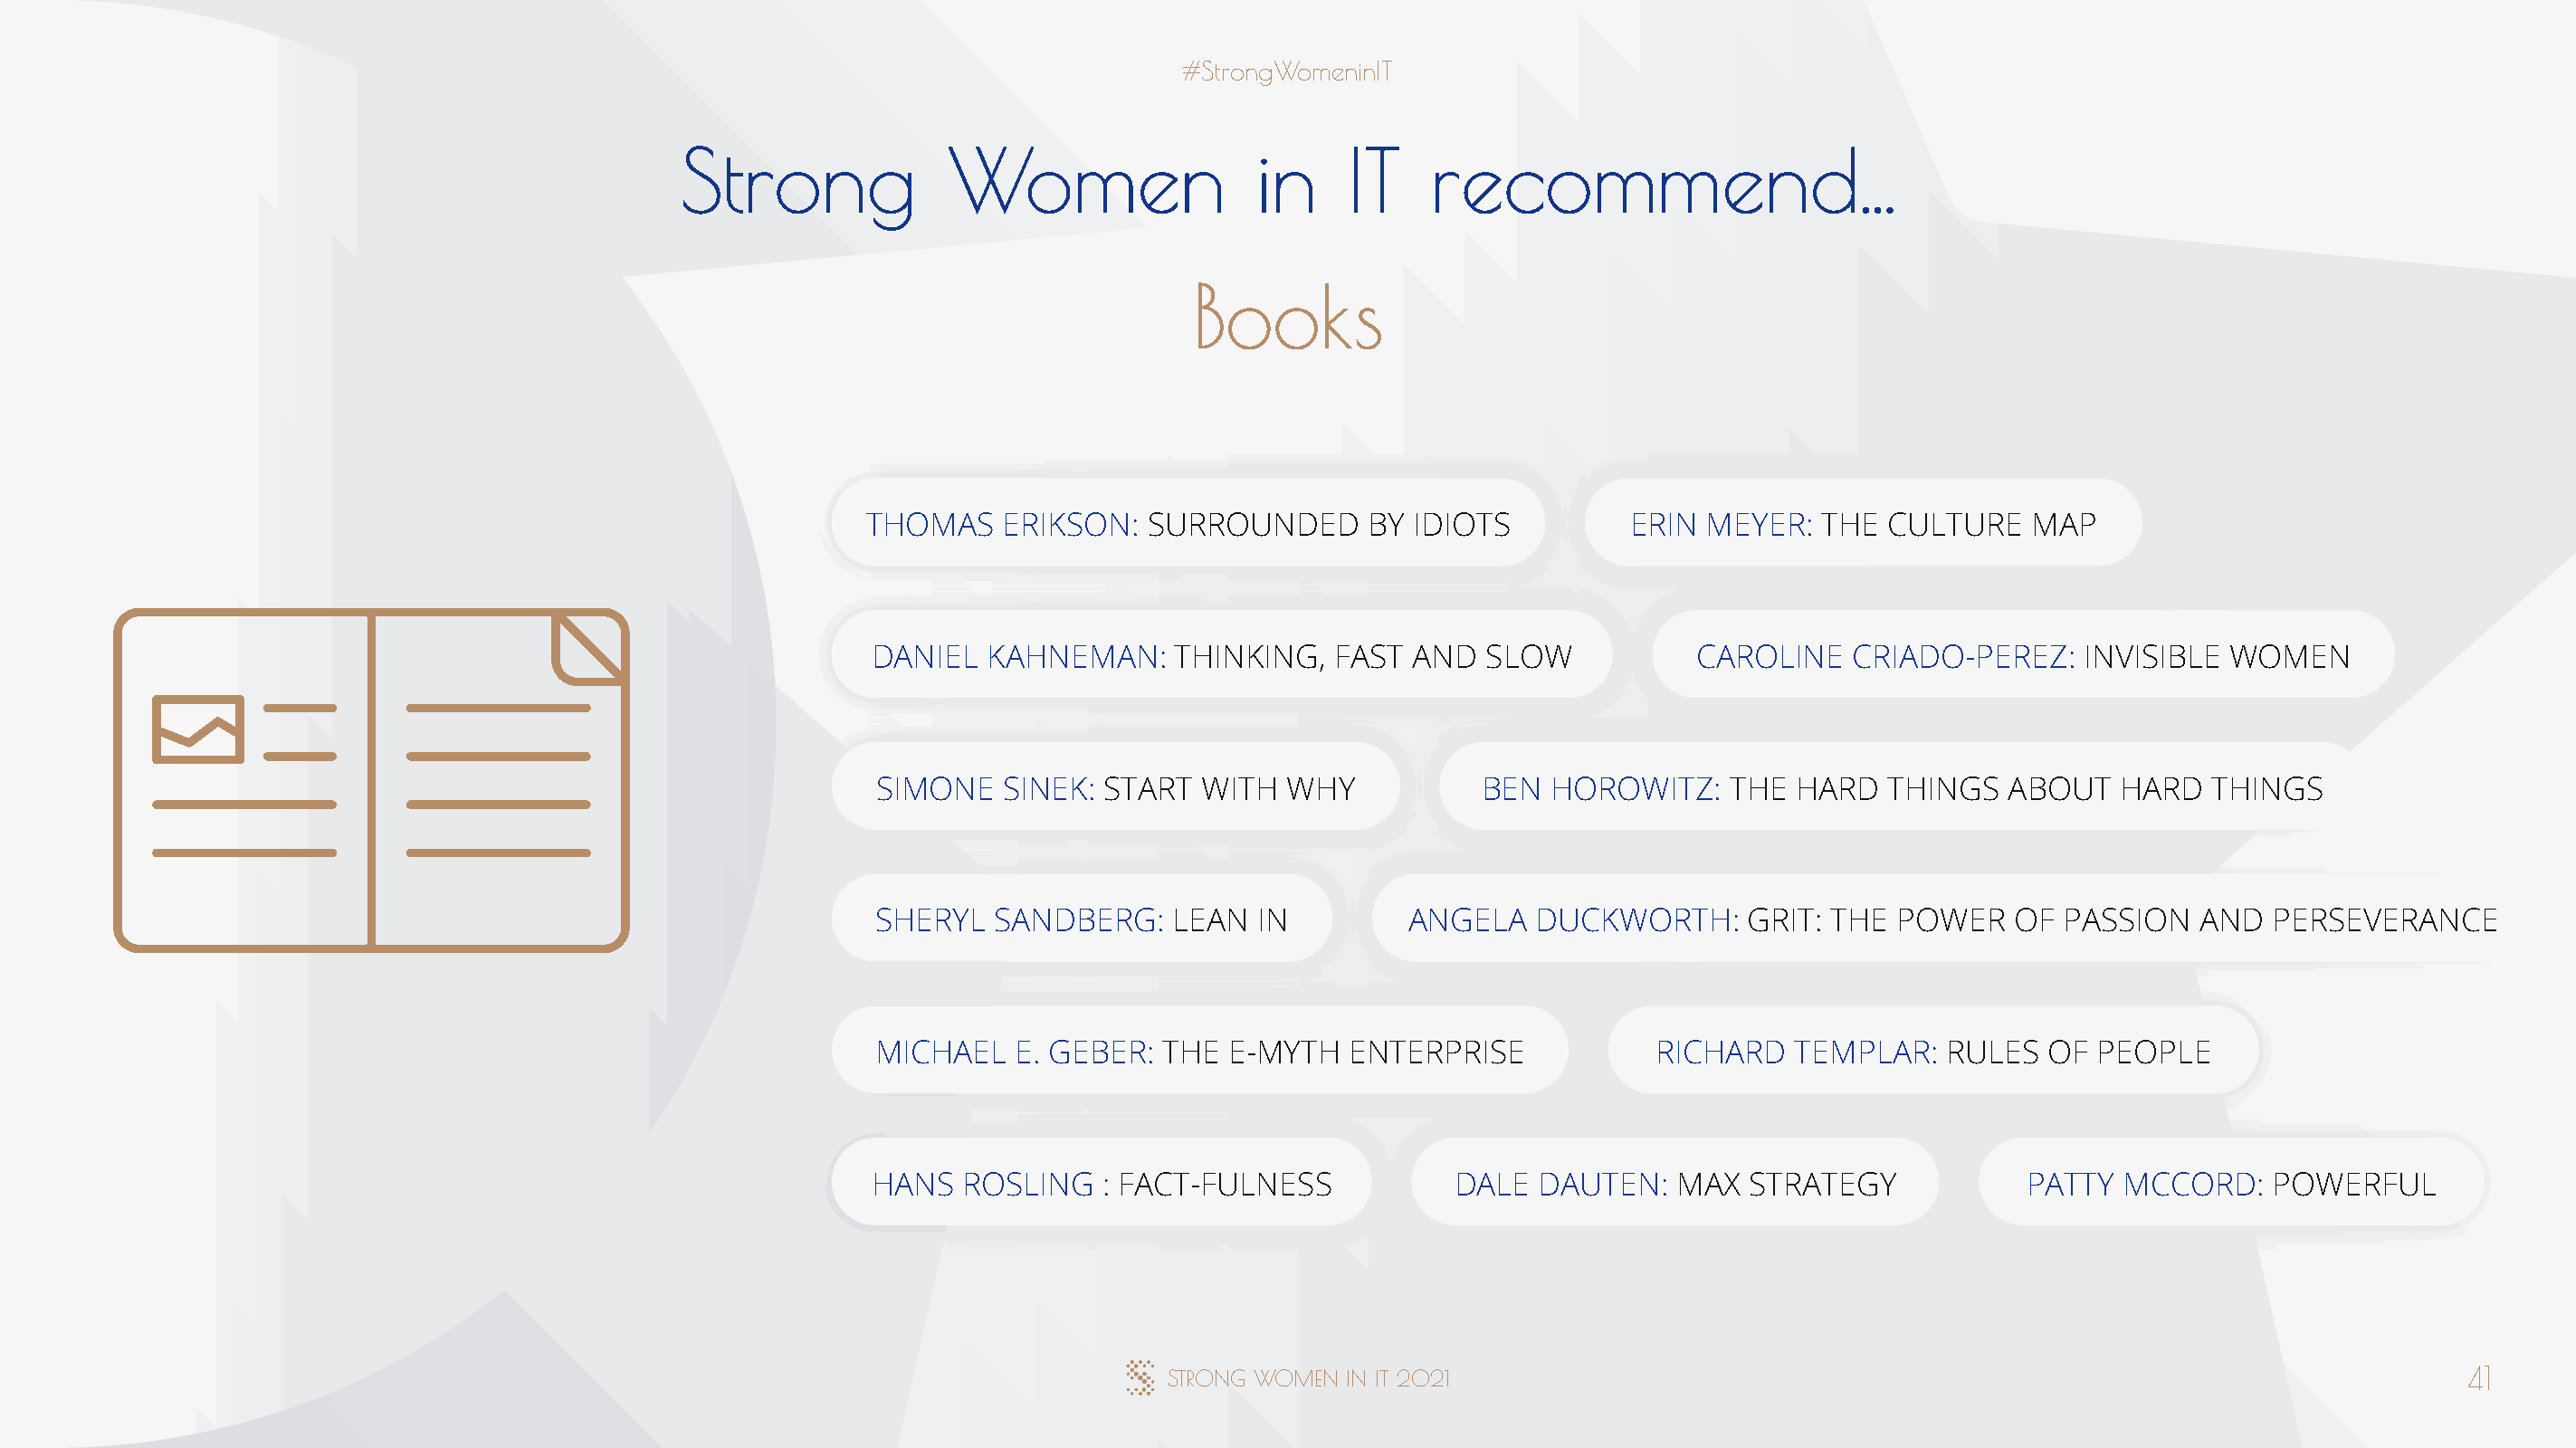
#StrongWomeninIT
 Strong             Women                  in     IT    recommend...
 Books
 THOMAS    ERIKSON:   SURROUNDED      BY IDIOTS          ERIN  MEYER:  THE  CULTURE    MAP
 DANIEL  KAHNEMAN:     THINKING,   FAST AND   SLOW           CAROLINE    CRIADO-PEREZ:   INVISIBLE  WOMEN
 SIMONE   SINEK:  START  WITH  WHY           BEN  HOROWITZ:     THE HARD   THINGS   ABOUT   HARD   THINGS
 SHERYL   SANDBERG:    LEAN  IN         ANGELA   DUCKWORTH:      GRIT: THE  POWER   OF  PASSION   AND  PERSEVERANCE
 MICHAEL   E. GEBER:  THE  E-MYTH   ENTERPRISE            RICHARD   TEMPLAR:   RULES   OF PEOPLE
 HANS  ROSLING    : FACT-FULNESS           DALE   DAUTEN:   MAX  STRATEGY            PATTY  MCCORD:    POWERFUL
 STRONG WOMEN  IN IT 2021                                                                       41